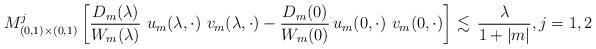
LaTeX: \begin{align*} M^j_{(0,1)\times (0,1)}\left [\frac{D_m(\lambda)}{W_m(\lambda)} \ u_m(\lambda, \cdot) \ v_m(\lambda, \cdot) - \frac{D_m(0)}{W_m(0)}\, u_m(0, \cdot) \ v_m(0, \cdot) \right] \lesssim \, \frac{\lambda}{1+|m|} , j=1,2\end{align*}